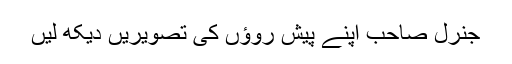
جنرل صاحب اپنے پیش روؤں کی تصویریں دیکھ لیں